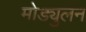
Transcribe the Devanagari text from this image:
मोड्युलन